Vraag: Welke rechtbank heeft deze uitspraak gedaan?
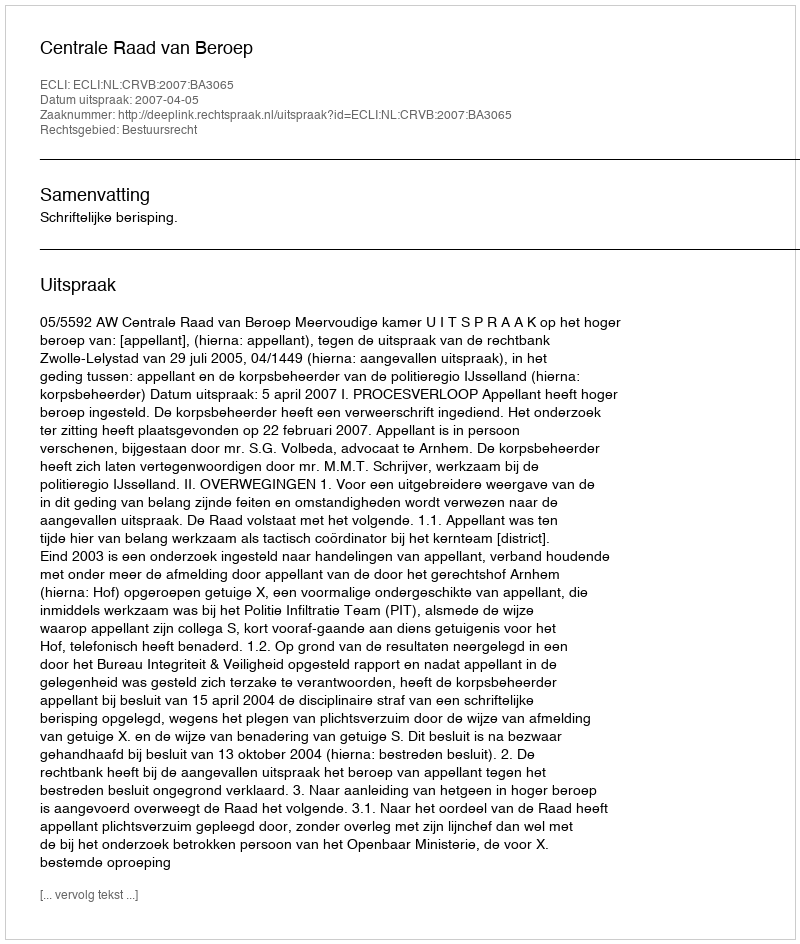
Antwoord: Centrale Raad van Beroep